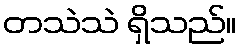
တသဲသဲ ရှိသည်။